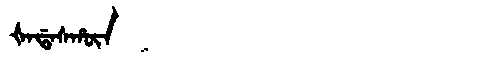
Manchu: ᡧᠠᡩᠠᠰᡥᡡᠨ
Romanization: ŠADASHŪN